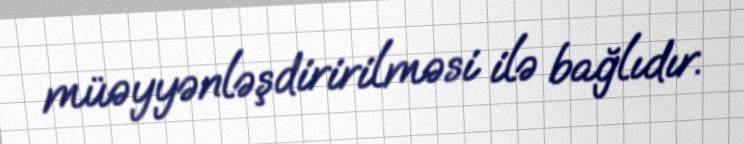
müəyyənləşdiririlməsi ilə bağlıdır.